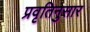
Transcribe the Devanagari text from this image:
प्रवृतिनुसार